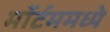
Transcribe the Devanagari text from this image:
मॉर्टममध्ये